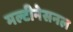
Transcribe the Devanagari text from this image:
मल्टीनेसनल